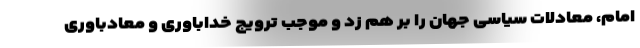
امام، معادلات سیاسی جهان را بر هم زد و موجب ترویج خداباوری و معادباوری